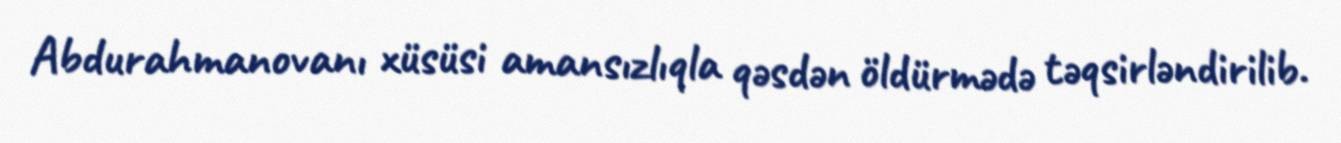
Abdurahmanovanı xüsüsi amansızlıqla qəsdən öldürmədə təqsirləndirilib.